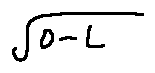
\sqrt { o - L }